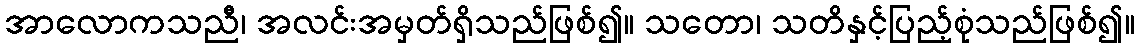
အာလောကသညီ၊ အလင်းအမှတ်ရှိသည်ဖြစ်၍။ သတော၊ သတိနှင့်ပြည့်စုံသည်ဖြစ်၍။